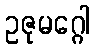
ဥဇုမဂ္ဂေါ